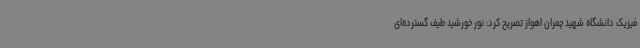
فیزیک دانشگاه شهید چمران اهواز تصریح کرد: نور خورشید طیف گسترده‌ای